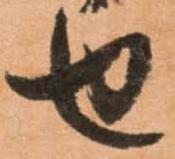
せ